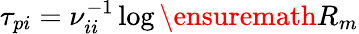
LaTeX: \tau_{pi}=\nu_{ii}^{-1}\log\ensuremath{R_{m}}